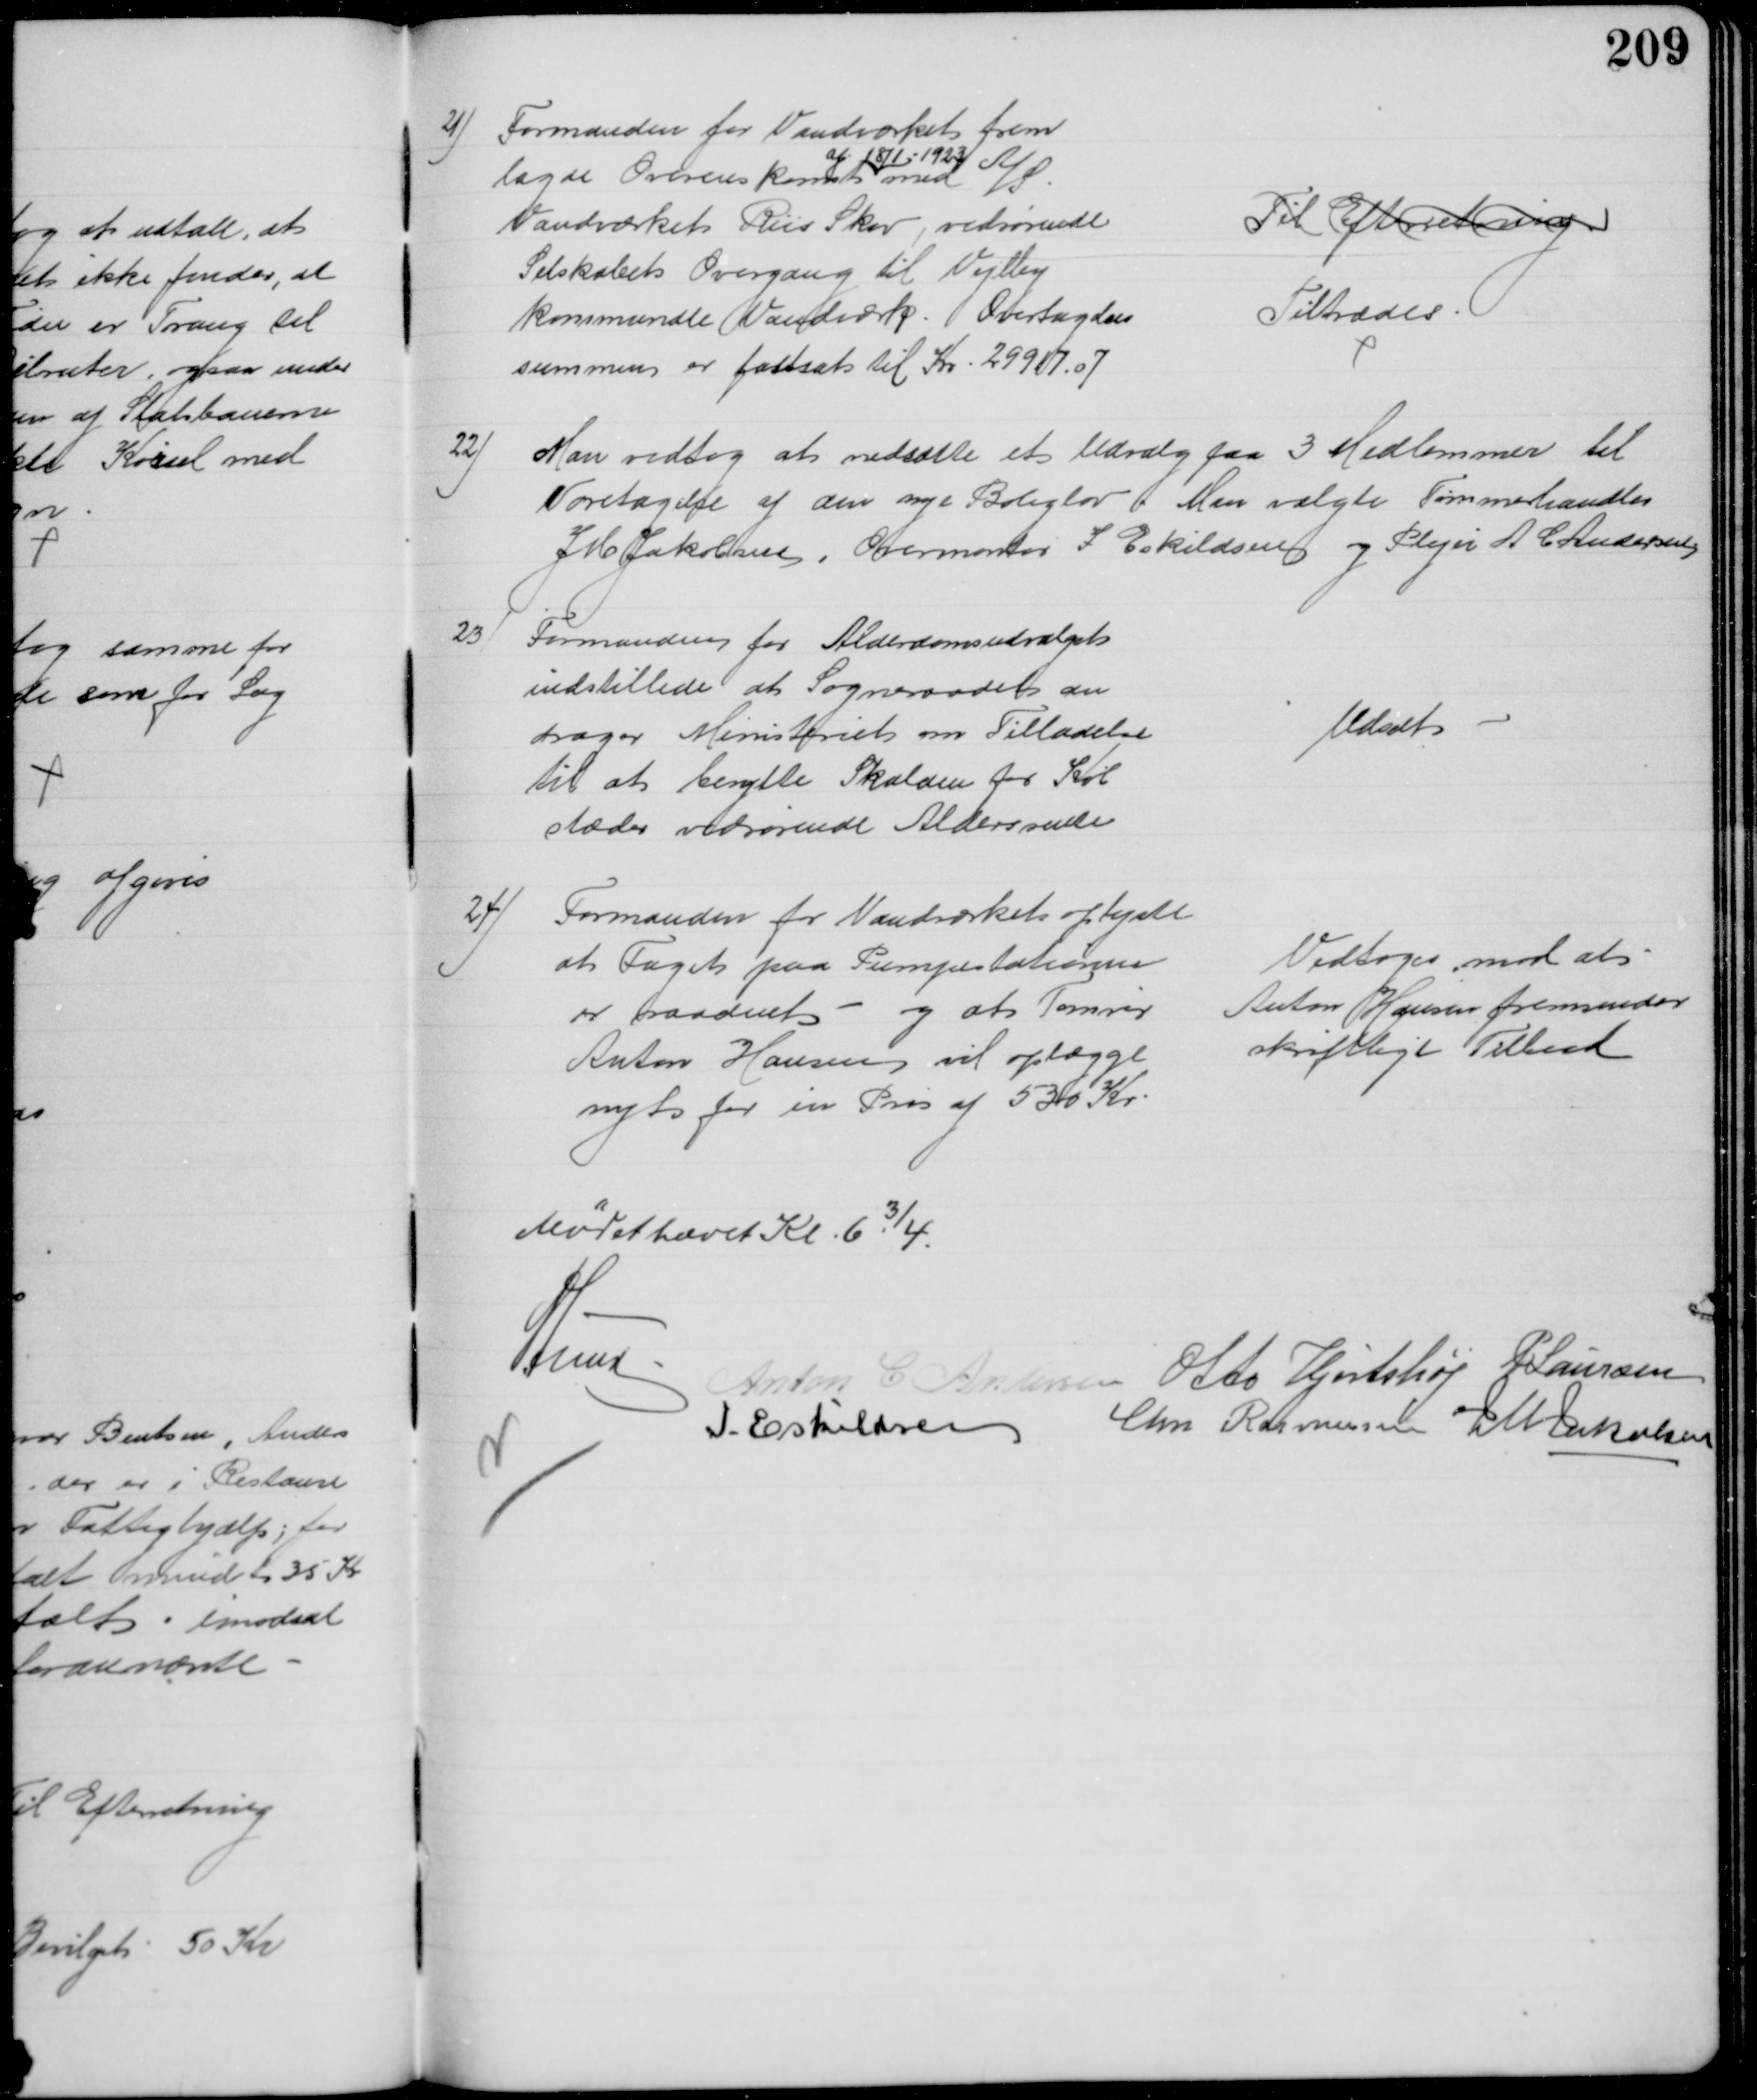
Transskription:
21)
Formanden for Vandværket frem
lagde Overenskomst 
af 18/1: 1923
med A/S
Vandværket Riis Skov, vedrørende
Selskabets Overgang til Vejlby
kommunale Vandværk. Overtagelses
summen er fastsat til Kr. 29917.07
Til Efterretning
Tiltrædes
22)
Man vedtog at nedsætte et Udvalg paa 3 Medlemmer til
Varetagelse af den nye Boliglov. Man valgte Tømmerhandler
J M Jakobsen, Overmontør I Eskildsen og Plejer A C Andersen
23)
Formanden for Alderdomsudvalget
indstillede at Sogneraadet an
drager Ministeriet om Tilladelse
til at benytte Skalaen for Køb
stæder vedrørende Aldersrente
Udsat
24) Formanden for Vandværket oplyste
at Taget paa Pumpestationen
er raadent - og at Tømrer
Anton Hansen vil oplægge
nyt for en Pris af 530 Kr
Vedtoges mod at
Anton Hansen fremsender
skriftligt Tilbud
Mødet hævet Kl. 6¾
A Lund
Anton C Andersen Otto Hjortshøj P Laursen
I. Eskildsen Chr Rasmusen J M Jakobsen